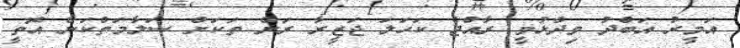
އަމީރު އަބްދު ވިދާޅުވީ ރާއްޖެ ކަހަލަ ޖަޒީރާ ރަށް ތަކަށް ސަލާމަތްކަން އޮތީ